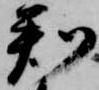
判